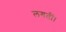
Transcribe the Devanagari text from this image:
लगतीं।